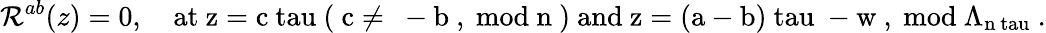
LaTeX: {\cal R}^{ab}(z)=0,~~~~\mathrm{at~z=c\ tau~(~c\neq~-b~,~mod~n~)~and~z=(a-b)\ tau~-w~,~mod~\Lambda_{n\ tau}~}.